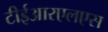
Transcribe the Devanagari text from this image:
टीईआरएलएस